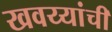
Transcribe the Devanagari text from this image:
खवय्यांची